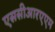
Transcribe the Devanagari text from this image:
एससीआरएएम